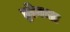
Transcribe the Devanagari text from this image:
ड्रोगबा